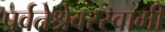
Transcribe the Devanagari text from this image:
पर्वतेश्रेवरस्वामी